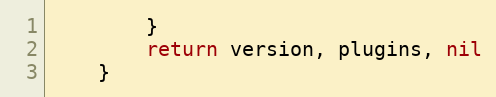
Language: Go
		}
		return version, plugins, nil
	}